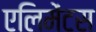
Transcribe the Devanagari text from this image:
एलिमेंटस